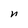
Character: n